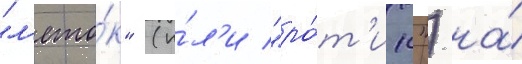
"л'ето́к" (и́л'и "ро́т'ик") на́